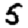
Digit: 5